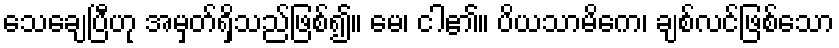
သေချေပြီဟု အမှတ်ရှိသည်ဖြစ်၍။ မေ၊ ငါ၏။ ပိယသာမိကေ၊ ချစ်လင်ဖြစ်သော